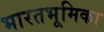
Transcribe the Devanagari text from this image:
भारतभूमिका